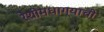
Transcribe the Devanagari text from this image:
रेशीमधाग्याची